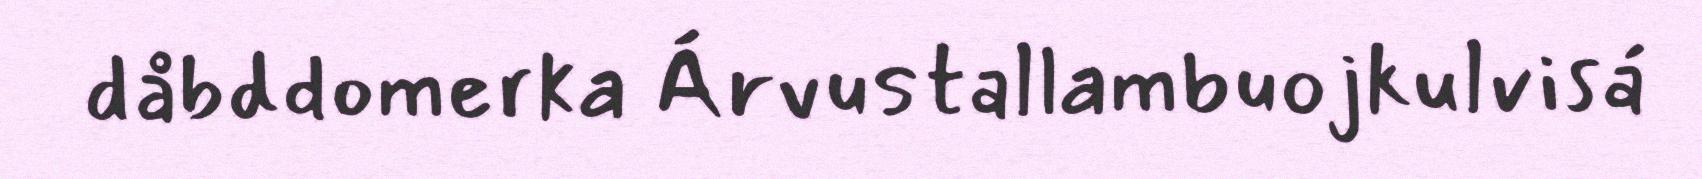
dåbddomerka Árvustallambuojkulvisá